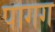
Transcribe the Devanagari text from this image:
पागग